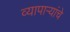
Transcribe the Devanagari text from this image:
व्यापाऱ्यांचे